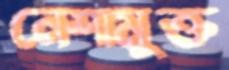
নেশামুক্ত